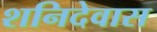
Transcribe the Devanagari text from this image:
शनिदेवास